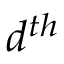
d ^ { t h }